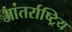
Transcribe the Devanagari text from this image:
आंतर्राष्ट्रिय